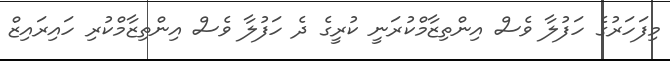
މިފަހަރުގެ ހަފުލާ ވެސް އިންތިޒާމްކުރަނީ ކުރީގެ ދެ ހަފުލާ ވެސް އިންތިޒާމްކުރި ހައިރައިޒް